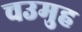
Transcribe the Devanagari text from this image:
चउमुह